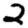
Digit: 2